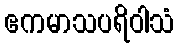
ဧကမာသပရိဝါသံ